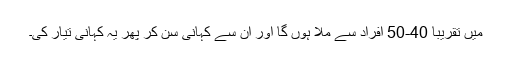
میں تقریباً 40-50 افراد سے ملا ہوں گا اور ان سے کہانی سن کر پھر یہ کہانی تیار کی۔